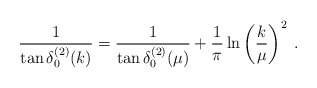
\begin{align*}\frac{1}{\tan \delta^{(2)}_{0}(k) }=\frac{1}{\tan \delta^{(2)}_{0}(\mu) }+ \frac{1}{\pi}\ln \left( \frac{k}{\mu} \right)^{2}\; .\end{align*}